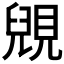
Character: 𧡎